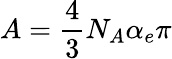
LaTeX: A=\frac{4}{3}N_{A}\alpha_{e}\pi